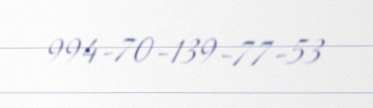
994-70-139-77-53